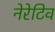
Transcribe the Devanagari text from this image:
नेरेटिव